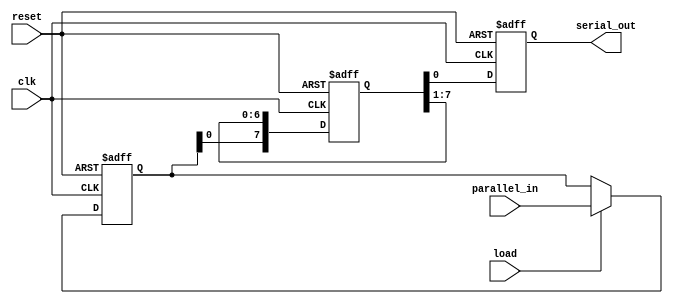
module parallel_in_serial_out (
  input wire clk,
  input wire reset,
  input wire load,
  input wire [7:0] parallel_in,
  output reg serial_out
);

reg [7:0] parallel_data;
reg [7:0] shift_reg;

always @ (posedge clk or posedge reset) begin
  if (reset) begin
    parallel_data <= 8'b0;
    shift_reg <= 8'b0;
    serial_out <= 1'b0;
  end else begin
    if (load) begin
      parallel_data <= parallel_in;
    end
    shift_reg <= {parallel_data, shift_reg[7:1]};
    serial_out <= shift_reg[0];
  end
end

endmodule